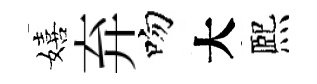
嬉弃吻大熈